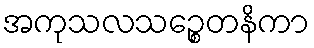
အကုသလသဉ္စေတနိကာ